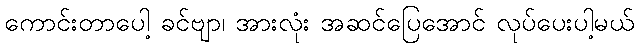
ကောင်းတာပေါ့ ခင်ဗျာ၊ အားလုံး အဆင်ပြေအောင် လုပ်ပေးပါ့မယ်